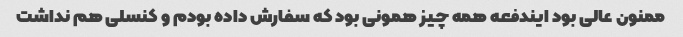
ممنون عالی بود ایندفعه همه چیز همونی بود که سفارش داده بودم و کنسلی هم نداشت